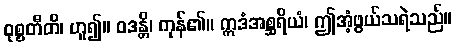
ဝုစ္စတီတိ၊ ဟူ၍။ ဝဒန္တိ၊ ကုန်၏။ ဣဒံအစ္ဆရိယံ၊ ဤအံ့ဖွယ်သရဲသည်။